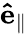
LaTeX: \mathbf{\hat{e}}_{\parallel}